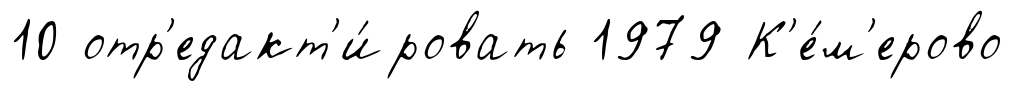
10 отр'едакт'и́ровать 1979 К'е́м'ерово